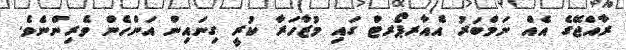
ރާއްޖޭގެ އެއް ނަމްބަރު އެއާރޕޯރޓް ގައި މުޒާހަރާ ކުރީ ގިނައިން އަންހެން ވެރިންނެވެ.